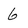
Character: 6